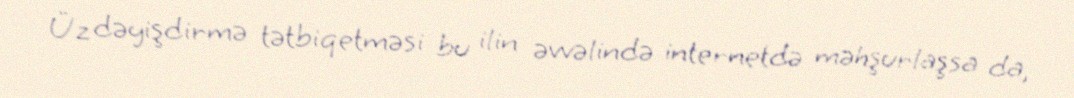
Üz dəyişdirmə tətbiqetməsi bu ilin əvvəlində internetdə məhşurlaşsa da,